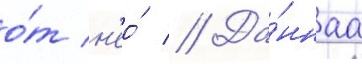
о́т н'ео́ // Да́ннаа